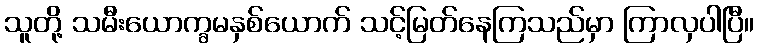
သူတို့ သမီးယောက္ခမနှစ်ယောက် သင့်မြတ်နေကြသည်မှာ ကြာလှပါပြီ။